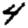
Digit: 4